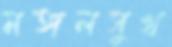
মঙ্গলসুখ